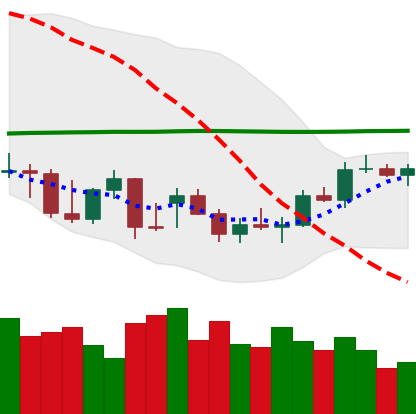
Ticker: BTC-USD
Chart end date: 2021-12-26
Forward return: -8.863%
Label: down_7plus